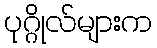
ပုဂ္ဂိုလ်များက